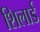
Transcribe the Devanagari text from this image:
शिलार्ड